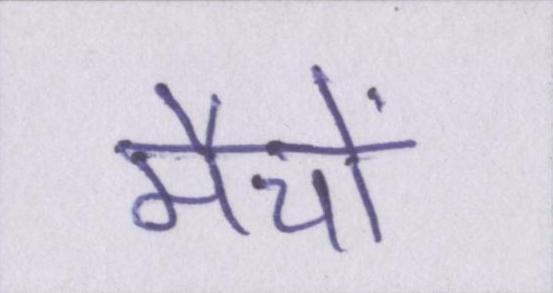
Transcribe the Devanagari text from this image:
मैचों